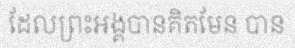
ដែលព្រះអង្គបានគិតមែន បាន